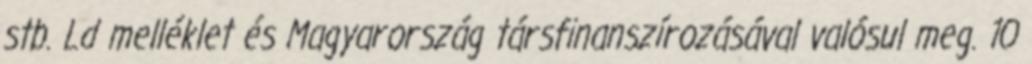
stb. Ld melléklet és Magyarország társfinanszírozásával valósul meg. 10